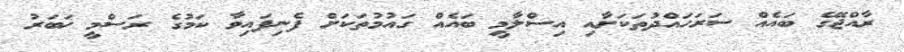
ރާއްޖޭގެ ބައެއް ސަރަހައްދުތަކަށާއި އިސްލާމީ ބައެއް ގައުމުތަކަށް ފެނިފައިވާ ކަމުގެ ރަސްމީ ޚަބަރު